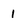
Character: 1